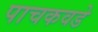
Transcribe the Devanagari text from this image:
पाचकवडे